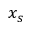
x _ { s }